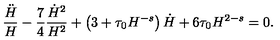
\frac { \ddot { H } } { H } - \frac 7 4 \frac { \dot { H } ^ { 2 } } { H ^ { 2 } } + \left( 3 + \tau _ { 0 } H ^ { - s } \right) \dot { H } + 6 \tau _ { 0 } H ^ { 2 - s } = 0 .